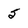
Character: 5